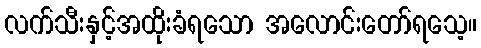
လက်သီးနှင့်အထိုးခံရသော အလောင်းတော်ရသေ့။